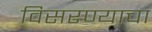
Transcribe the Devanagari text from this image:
विसरण्याचा